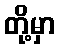
တို့မှာ